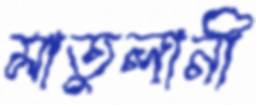
মাতুলানী